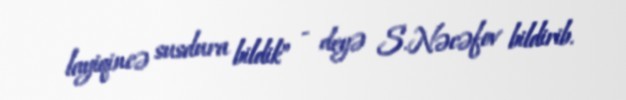
layiqincə susdura bildik” - deyə S.Nəcəfov bildirib.